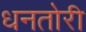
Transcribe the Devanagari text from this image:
धनतोरी